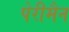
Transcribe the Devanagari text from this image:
पेरीमैन